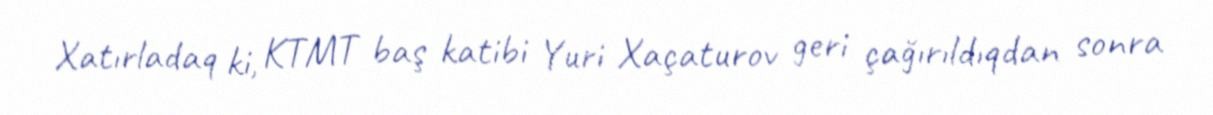
Xatırladaq ki, KTMT baş katibi Yuri Xaçaturov geri çağırıldıqdan sonra